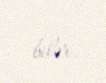
bilər.